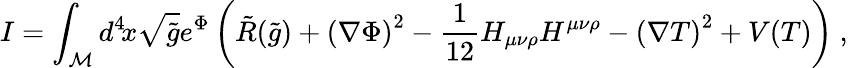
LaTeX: I=\int_{\cal{M}}d^{4}\! x\sqrt{\tilde{g}}e^{\Phi}\left(\tilde{R}(\tilde{g})+\left(\nabla\Phi\right)^{2}-{\frac{1}{12}}H_{\mu\nu\rho}H^{\mu\nu\rho}-\left(\nabla T\right)^{2}+V(T)\right)\ ,